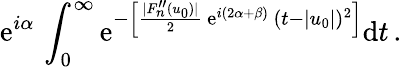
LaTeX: \mathrm{e}^{i\alpha}\, \int_{0}^{\infty}\mathrm{e}^{-\left[{\frac{|F_{n}^{\prime\prime}(u_{0})|}{2}}\, \mathrm{e}^{i(2\alpha+\beta)}\, (t-|u_{0}|)^{2}\right]}\mathrm{d}t\, .